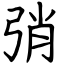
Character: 弰